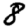
Digit: 8